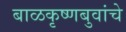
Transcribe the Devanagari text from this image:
बाळकृष्णबुवांचे